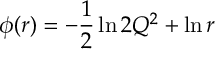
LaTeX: \phi ( r ) = - \frac { 1 } { 2 } \ln 2 Q ^ { 2 } + \ln r